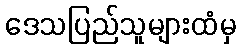
ဒေသပြည်သူများထံမှ